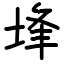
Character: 埄